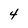
Character: 4